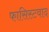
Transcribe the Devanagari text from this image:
फासिस्टवाद